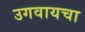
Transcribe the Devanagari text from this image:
उगवायचा